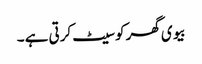
بیوی گھر کو سیٹ کرتی ہے ۔